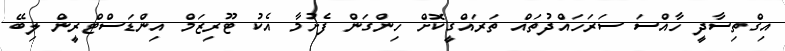
އިގްތިސާދީ ހާއްސަ ސަރަހައްދުތައް ތަރައްގީކޮށް ހިންގަން ފެށުމާ އެކު ޓޫރިޒަމް އިންޑަސްޓްރީން ލިބޭ